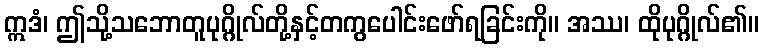
ဣဒံ၊ ဤသို့သဘောတူပုဂ္ဂိုလ်တို့နှင့်တကွပေါင်းဖော်ရခြင်းကို။ အဿ၊ ထိုပုဂ္ဂိုလ်၏။